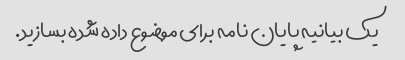
یک بیانیه پایان نامه برای موضوع داده شده بسازید.